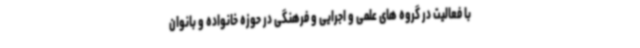
با فعالیت در گروه های علمی و اجرایی و فرهنگی در حوزه خانواده و بانوان